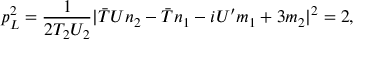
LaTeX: p _ { L } ^ { 2 } = \frac { 1 } { 2 T _ { 2 } U _ { 2 } } | { \bar { T } } U n _ { 2 } - { \bar { T } } n _ { 1 } - i U ^ { \prime } m _ { 1 } + 3 m _ { 2 } | ^ { 2 } = 2 ,